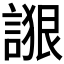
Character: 𰵁